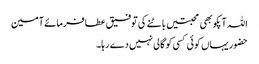
اللہ آپکو بھی محبتیں باٹنے کی توفیق عطافرمائے آمین
حضور یہاں کوئی کسی کو گالی نہیں دے رہا۔